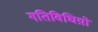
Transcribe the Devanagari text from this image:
गतिविधिय़ो